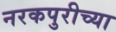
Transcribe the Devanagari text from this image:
नरकपुरीच्या